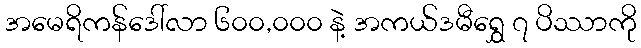
အမေရိကန်ဒေါ်လာ ၆၀၀,၀၀၀ နဲ့ အကယ်ဒမီရွှေ ၇ ပိဿာကို